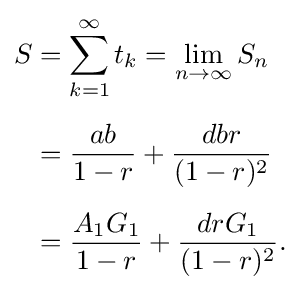
{\begin{aligned}S&=\sum _{k=1}^{\infty }t_{k}=\lim _{n\to \infty }S_{n}\\[5pt]&={\frac {ab}{1-r}}+{\frac {dbr}{(1-r)^{2}}}\\[5pt]&={\frac {A_{1}G_{1}}{1-r}}+{\frac {drG_{1}}{(1-r)^{2}}}.\end{aligned}}